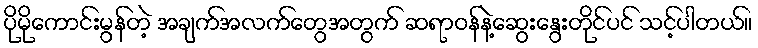
ပိုမိုကောင်းမွန်တဲ့ အချက်အလက်တွေအတွက် ဆရာဝန်နဲ့ဆွေးနွေးတိုင်ပင် သင့်ပါတယ်။